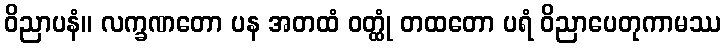
ဝိညာပနံ။ လက္ခဏတော ပန အတထံ ဝတ္ထုံ တထတော ပရံ ဝိညာပေတုကာမဿ